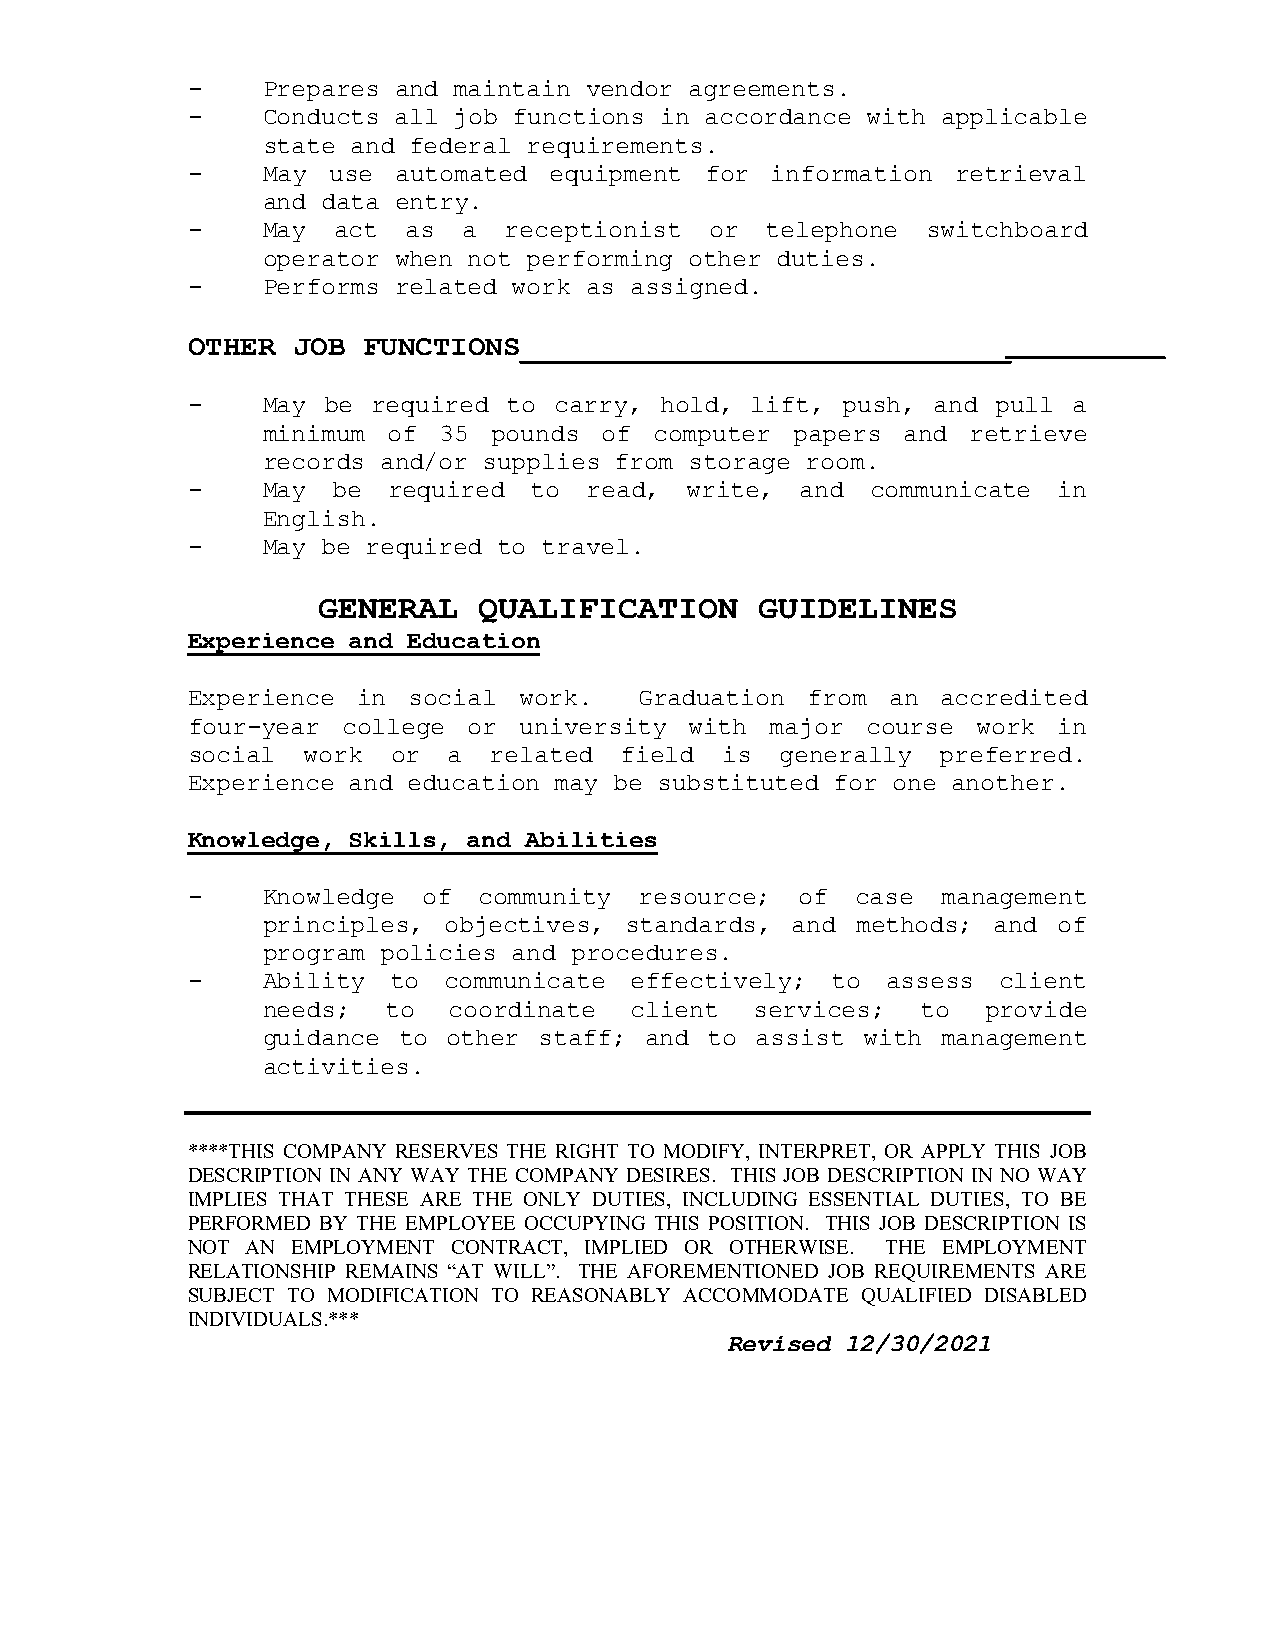
-    Prepares and maintain vendor agreements.
 -    Conducts all job functions in accordance with applicable
 state and federal requirements.
 -    May  use automated equipment  for information retrieval
 and data entry.
 -    May  act  as  a receptionist  or  telephone switchboard
 operator when not performing other duties.
 -    Performs related work as assigned.
 OTHER  JOB  FUNCTIONS____________________________
 -    May  be required to carry, hold, lift, push, and pull a
 minimum  of 35  pounds of computer  papers and retrieve
 records and/or supplies from storage room.
 -    May  be  required to  read, write,  and  communicate in
 English.
 -    May be required to travel.
 GENERAL    QUALIFICATION     GUIDELINES
 Experience and Education
 Experience  in social work.   Graduation from  an accredited
 four-year  college or university  with major course  work in
 social  work  or  a related  field  is  generally preferred.
 Experience and education may be substituted for one another.
 Knowledge, Skills, and Abilities
 -    Knowledge  of  community resource;  of  case management
 principles, objectives, standards, and  methods; and of
 program policies and procedures.
 -    Ability  to communicate  effectively; to  assess client
 needs;   to  coordinate  client  services;  to  provide
 guidance to  other staff; and to assist with management
 activities.
 ****THIS COMPANY RESERVES THE RIGHT TO MODIFY, INTERPRET, OR APPLY THIS JOB
 DESCRIPTION IN ANY WAY THE COMPANY DESIRES. THIS JOB DESCRIPTION IN NO WAY
 IMPLIES THAT THESE ARE THE ONLY DUTIES, INCLUDING ESSENTIAL DUTIES, TO BE
 PERFORMED BY THE EMPLOYEE OCCUPYING THIS POSITION. THIS JOB DESCRIPTION IS
 NOT AN EMPLOYMENT CONTRACT, IMPLIED OR OTHERWISE. THE EMPLOYMENT
 RELATIONSHIP REMAINS “AT WILL”. THE AFOREMENTIONED JOB REQUIREMENTS ARE
 SUBJECT TO MODIFICATION TO REASONABLY ACCOMMODATE QUALIFIED DISABLED
 INDIVIDUALS.***
 Revised 12/30/2021